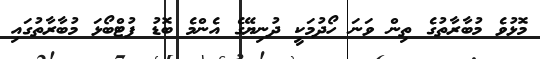
މޮޅުވެ މުބާރާތުގެ ތިން ވަނަ ހޯދުމަކީ ދުނިޔޭގެ އެންމެ ބޮޑު ފުޓްބޯޅަ މުބާރާތުގައި